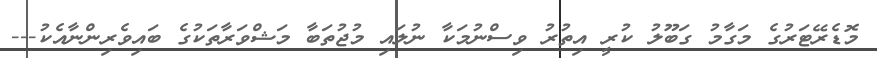
މޮޑެރޭޓަރުގެ މަގާމު ގަބޫލު ކުރީ އިތުރު ވިސްނުމަކާ ނުލައި މުޖުތަބާ މަޝްވަރާތަކުގެ ބައިވެރިންނާއެކު---